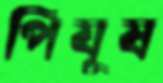
পিযূষ